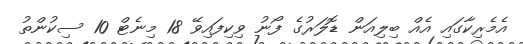
އެމެރިކާގައި އެއް ބިލިއަން ޑޮލަރުގެ ފޯނު ވިކިފައިވޭ 18 މިނެޓް 10 ސިކުންތު